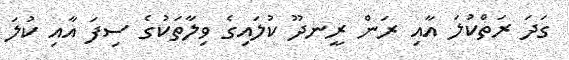
ގަދަ ރަތްކުލަ އާއި ރަން ރީނދޫ ކުލައިގެ ވިލާތަކުގެ ސިފަ އާއި ކުލަ